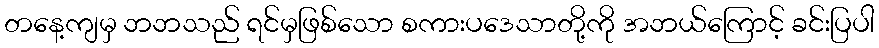
တနေ့ကျမှ ဘဘသည် ရင်မှဖြစ်သော စကားပဒေသာတို့ကို အဘယ်ကြောင့် ခင်းပြပါ